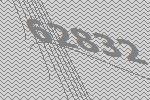
62832